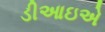
ડીઆઇએ